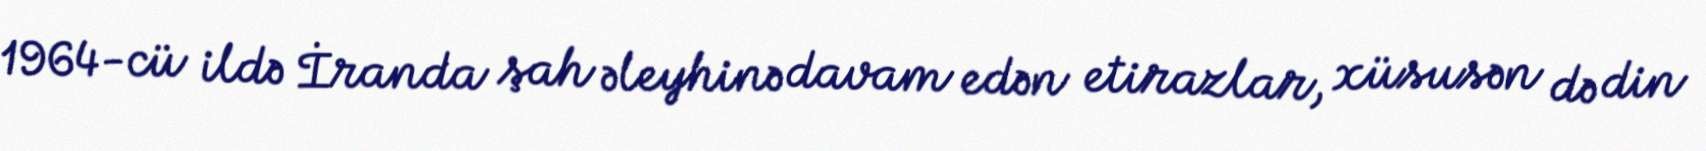
1964-cü ildə İranda şah əleyhinə davam edən etirazlar, xüsusən də din